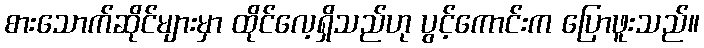
စားသောက်ဆိုင်များမှာ ထိုင်လေ့ရှိသည်ဟု ပွင့်ကောင်းက ပြောဖူးသည်။